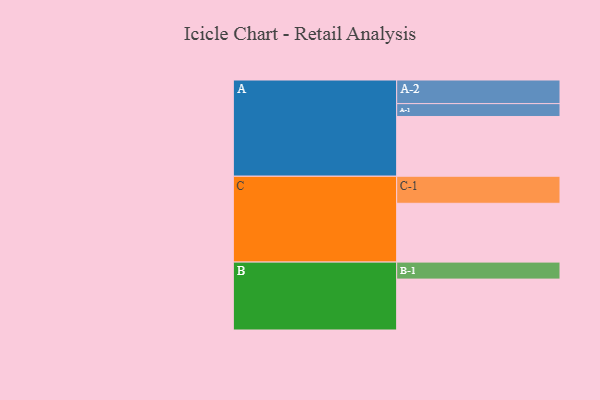
{"axis": {"x": "Segment", "y": "Value"}, "legend": ["", "A", "B", "C"], "data": [{"x": "A", "y": 506, "type": ""}, {"x": "B", "y": 431, "type": ""}, {"x": "C", "y": 498, "type": ""}, {"x": "A-1", "y": 109, "type": "A"}, {"x": "A-2", "y": 200, "type": "A"}, {"x": "B-1", "y": 144, "type": "B"}, {"x": "C-1", "y": 229, "type": "C"}]}